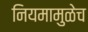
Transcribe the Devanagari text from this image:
नियमामुळेच